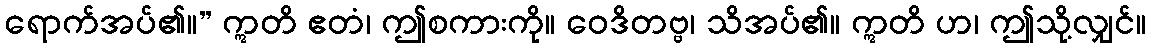
ရောက်အပ်၏။” ဣတိ ဧတံ၊ ဤစကားကို။ ဝေဒိတဗ္ဗ၊ သိအပ်၏။ ဣတိ ဟ၊ ဤသို့လျှင်။